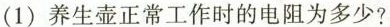
(1)养生壶正常工作时的电阻为多少?